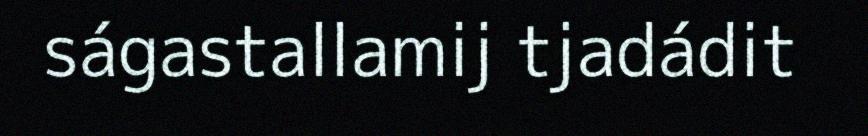
ságastallamij tjadádit